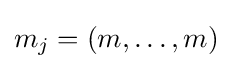
m_{j}=(m,\ldots ,m)